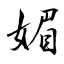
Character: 媚